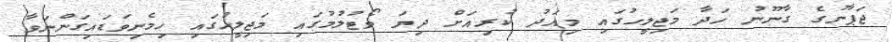
ޖަޕާނުގެ ގާނޫނު ހަދާ މަޖިލީހުގައި މިއަދު ކުރިއަށް ދިޔަ ވޯޓުލުމުގައި މަޖިލީހުގައި ހިމެނިވަޑައިގަންނަވާ